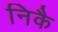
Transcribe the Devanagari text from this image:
निकै